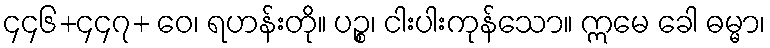
၄၄၆+၄၄၇+ ဝေ၊ ရဟန်းတို။ ပဉ္စ၊ ငါးပါးကုန်သော။ ဣမေ ခေါ ဓမ္မာ၊